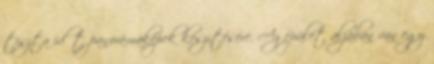
tiszta időt panorámaképek készítésére. Az épület aljában van egy